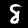
Label: 8